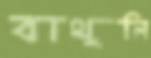
বাথুলি